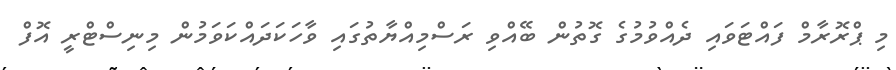
މި ޕްރޮރާމް ފައްޓަވައި ދެއްވުމުގެ ގޮތުން ބޭއްްވި ރަސްމިއްޔާތުގައި ވާހަަކަދައްކަވަމުން މިނިސްޓްރީ އޮފް